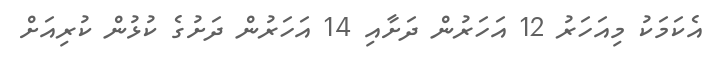
އެކަމަކު މިއަހަރު 12 އަހަރުން ދަށާއި 14 އަހަރުން ދަށުގެ ކުޅުން ކުރިއަށް